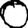
Digit: 0